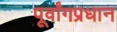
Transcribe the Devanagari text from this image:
पूर्वांगप्रधान